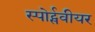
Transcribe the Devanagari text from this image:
स्पोर्ट्सवीयर